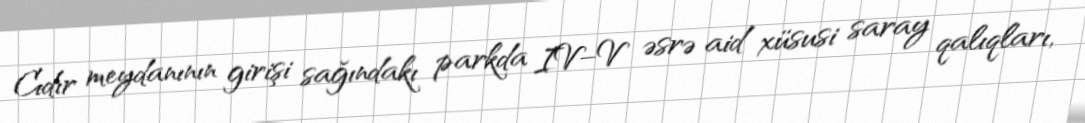
Cıdır meydanının girişi sağındakı parkda IV–V əsrə aid xüsusi saray qalıqları,